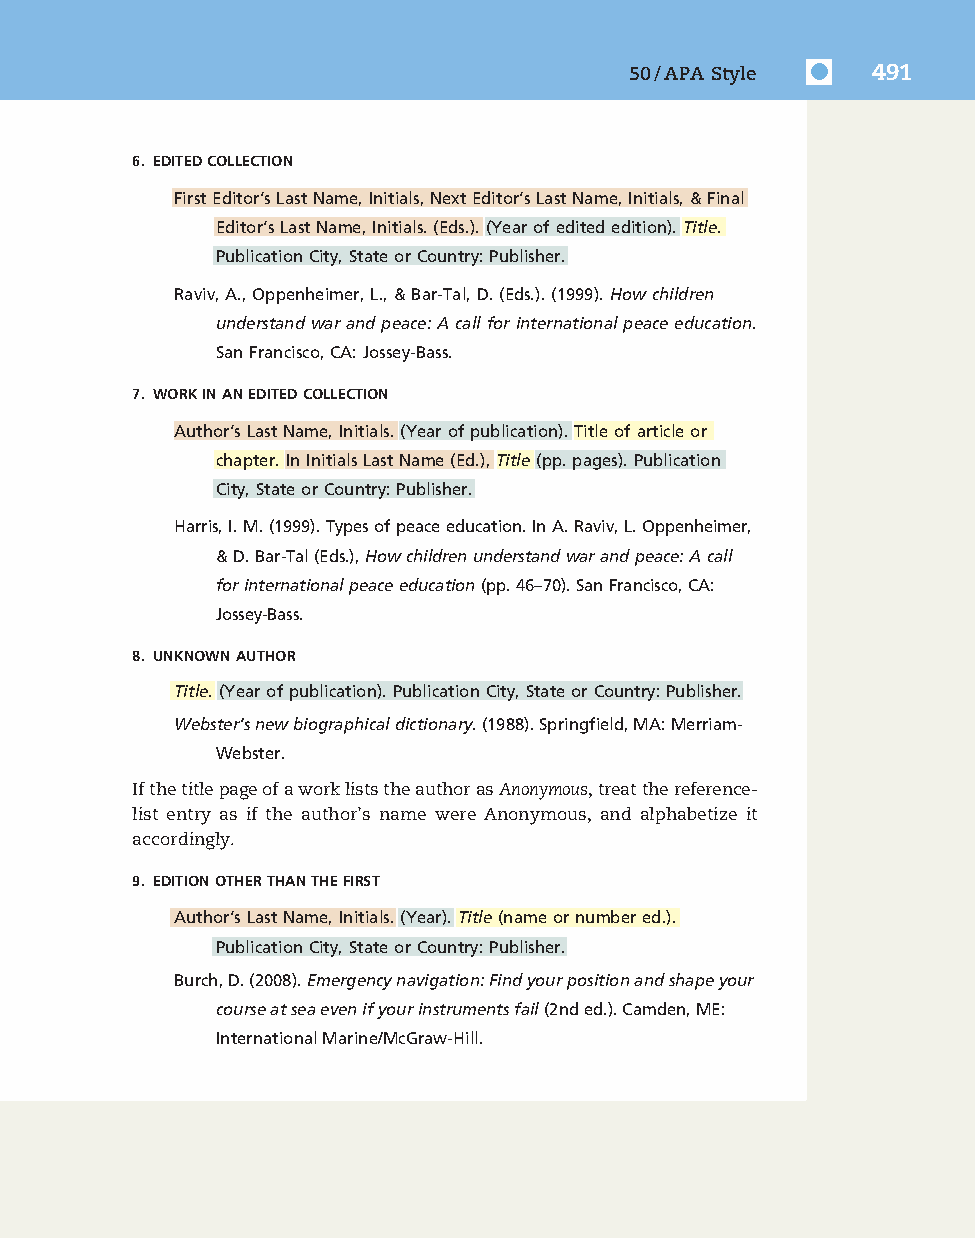
7830_50_p477-520_Q4-7:7830_50_p477-520_Q4-7 10/16/09 3:34 PM Page 491
 50/APA Style    491
 6. EDITEDCOLLECTION
 FirstEditor’sLastName,Initials,NextEditor’sLastName,Initials,&Final
 Editor’sLastName,Initials.(Eds.).(Yearofeditededition).Title.
 PublicationCity,StateorCountry:Publisher.
 Raviv,A.,Oppenheimer,L.,&Bar-Tal,D.(Eds.).(1999).Howchildren
 understandwarandpeace:Acallforinternationalpeaceeducation.
 SanFrancisco,CA:Jossey-Bass.
 7. WORKINANEDITEDCOLLECTION
 Author’sLastName,Initials.(Yearofpublication).Titleofarticleor
 chapter.InInitialsLastName(Ed.),Title(pp.pages).Publication
 City,StateorCountry:Publisher.
 Harris,I.M.(1999).Typesofpeaceeducation.InA.Raviv,L.Oppenheimer,
 &D.Bar-Tal(Eds.),Howchildrenunderstandwarandpeace:Acall
 forinternationalpeaceeducation(pp.46–70).SanFrancisco,CA:
 Jossey-Bass.
 8. UNKNOWNAUTHOR
 Title.(Yearofpublication).PublicationCity,StateorCountry:Publisher.
 Webster’snewbiographicaldictionary.(1988).Springfield,MA:Merriam-
 Webster.
 IfthetitlepageofaworkliststheauthorasAnonymous,treatthereference-
 list entry as if the author’s name were Anonymous, and alphabetize it
 accordingly.
 9. EDITIONOTHERTHANTHEFIRST
 Author’sLastName,Initials.(Year).Title(nameornumbered.).
 PublicationCity,StateorCountry:Publisher.
 Burch,D.(2008).Emergencynavigation:Findyourpositionandshapeyour
 courseatseaevenifyourinstrumentsfail(2nded.).Camden,ME:
 InternationalMarine/McGraw-Hill.